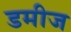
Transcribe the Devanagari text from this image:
डमीज